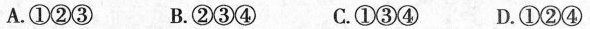
A.①②③ B.②③④ C.①③④ D.①②④